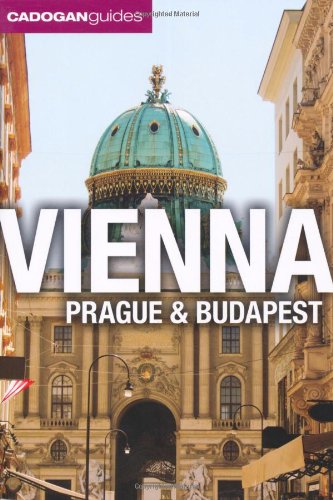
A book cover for Vienna, Prague, Budapest. by Mary-Ann Gallagher, Sadakat Kadri, Matthew Gardner; Mary-Ann Gallagher; Travel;